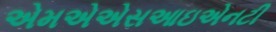
એમએએસઆઇએનટી